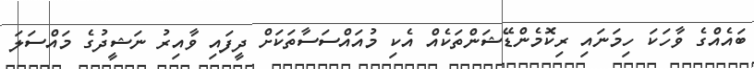
ބައެއްގެ ވާހަކަ ހިމަނައި ރިކޮމެންޑޭޝަންތަކެއް އެކި މުއައްސަސާތަކަށް ދީފައި ވާއިރު ނަޝީދުގެ މައްސަލަ